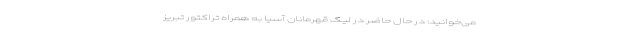
می‌خوانید: در حال حاضر در لیگ قهرمانان آسیا به همراه تراکتور تبریز